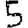
Digit: 5